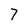
Character: 7